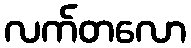
လက်တလော